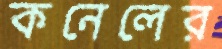
কনেলের